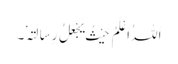
اَللہُ اَعْلَمُ حَیْثُ یَجْعَلُ رِسَالَتَہٗ۔